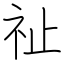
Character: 祉